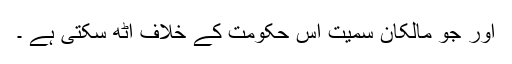
اور جو مالکان سمیت اس حکومت کے خلاف اٹھ سکتی ہے ۔